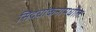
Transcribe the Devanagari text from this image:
सिद्धांकनामधील